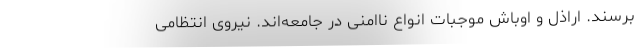
برسند. اراذل و اوباش موجبات انواع ناامنی در جامعه‌اند. نیروی انتظامی